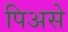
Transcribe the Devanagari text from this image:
पिअसे